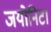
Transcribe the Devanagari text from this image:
जयोनिटा